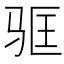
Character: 𬳻